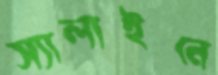
স্যালাইনে